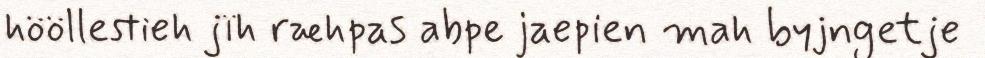
hööllestieh jïh ræhpas abpe jaepien mah byjngetje